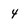
Character: 4